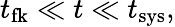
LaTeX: t_{\mathrm{fk}}\ll t\ll t_{\mathrm{sys}},